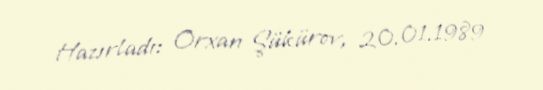
Hazırladı: Orxan Şükürov, 20.01.1989